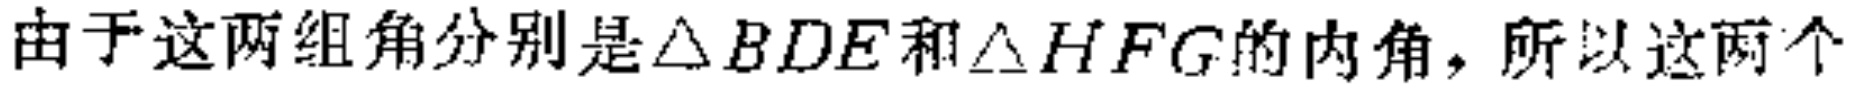
由于这两组角分别是$\triangle BDE$和$\triangle HFG$的内角，所以这两个